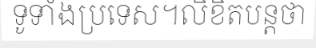
ទូទាំងប្រទេស។លិខិតបន្តថា